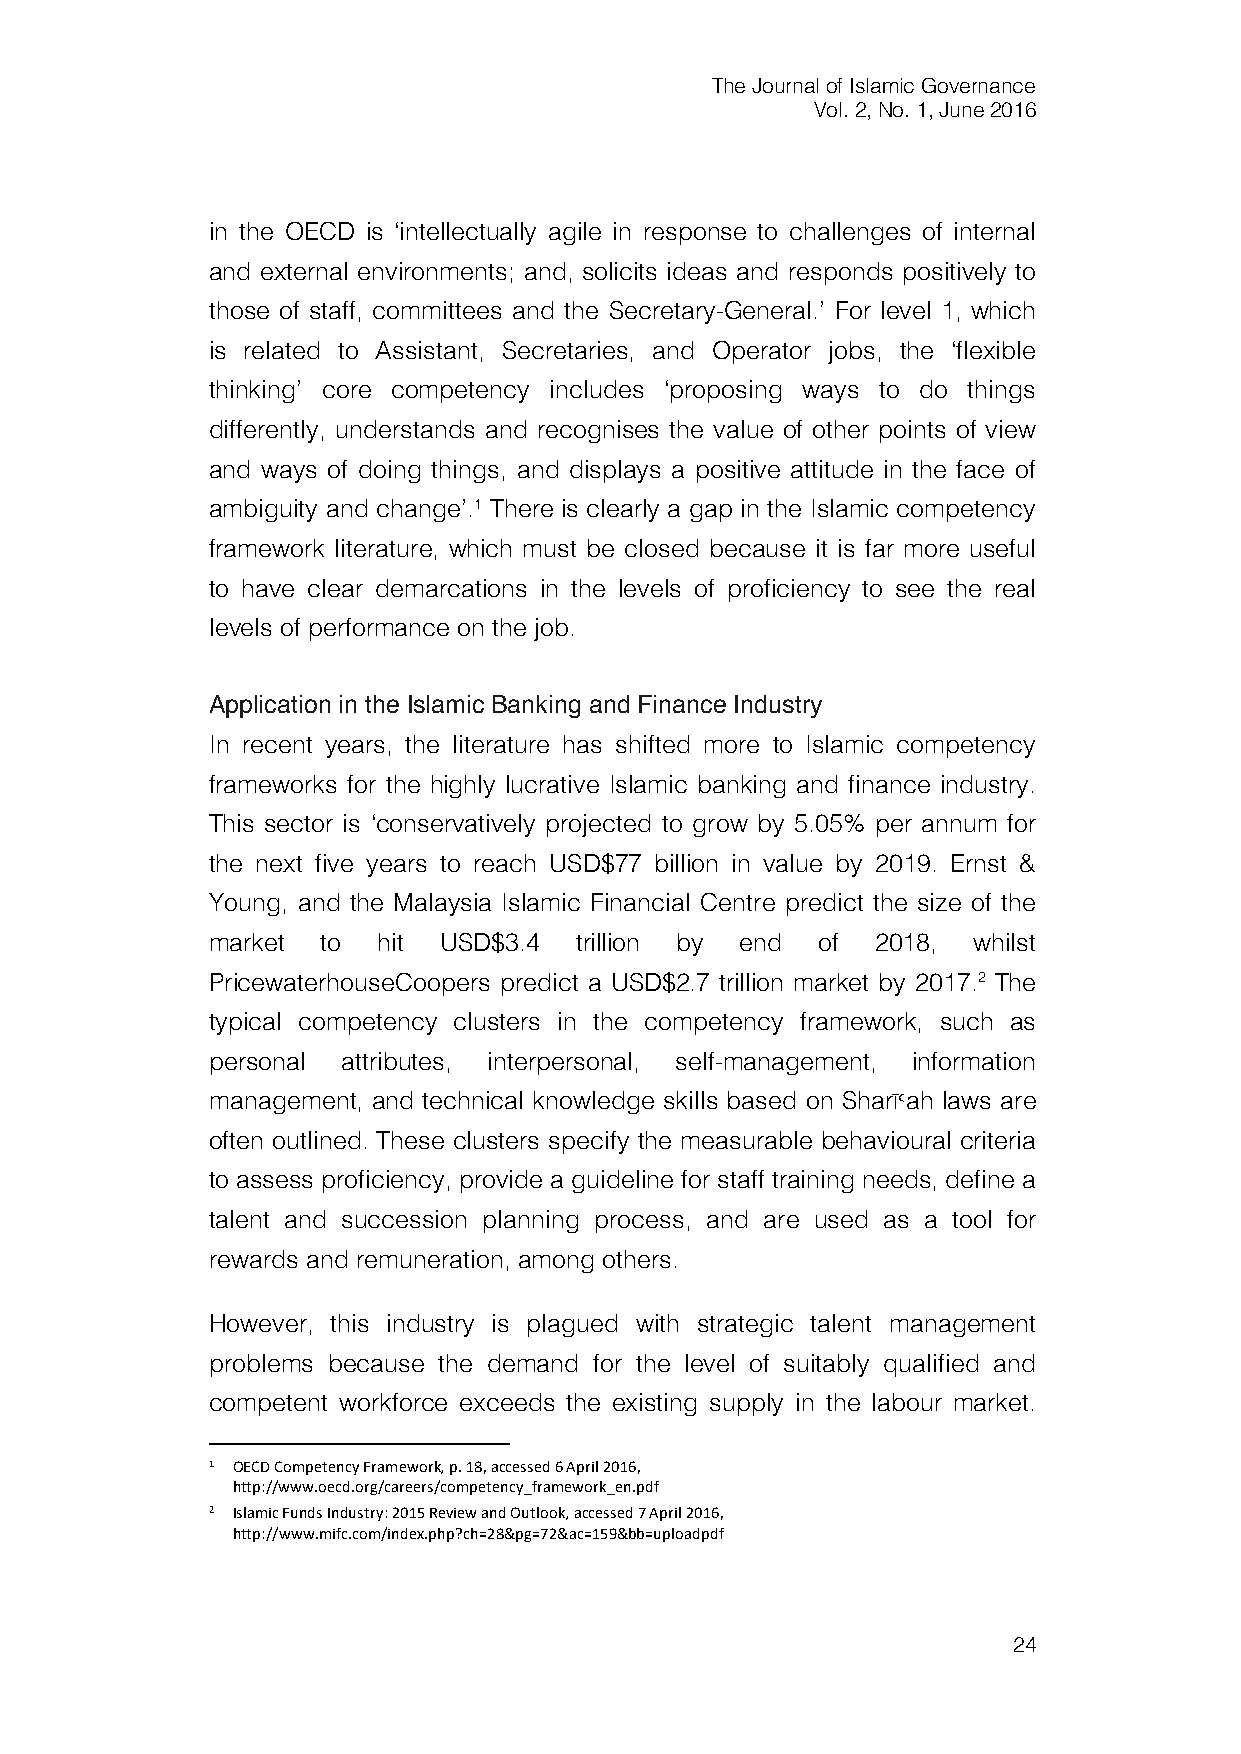
The Journal of Islamic Governance
 Vol. 2, No. 1, June 2016
 in the OECD is ‘intellectually agile in response to challenges of internal
 and external environments; and, solicits ideas and responds positively to
 those of staff, committees and the Secretary-General.’ For level 1, which
 is related to Assistant, Secretaries, and Operator jobs, the ‘flexible
 thinking’ core competency includes ‘proposing ways to do things
 differently, understands and recognises the value of other points of view
 and ways of doing things, and displays a positive attitude in the face of
 ambiguity and change’.1 There is clearly a gap in the Islamic competency
 framework literature, which must be closed because it is far more useful
 to have clear demarcations in the levels of proficiency to see the real
 levels of performance on the job.
 Application in the Islamic Banking and Finance Industry
 In recent years, the literature has shifted more to Islamic competency
 frameworks for the highly lucrative Islamic banking and finance industry.
 This sector is ‘conservatively projected to grow by 5.05% per annum for
 the next five years to reach USD$77 billion in value by 2019. Ernst &
 Young, and the Malaysia Islamic Financial Centre predict the size of the
 market to  hit USD$3.4  trillion by end of  2018, whilst
 PricewaterhouseCoopers predict a USD$2.7 trillion market by 2017.2 The
 typical competency clusters in the competency framework, such as
 personal attributes, interpersonal, self‐management, information
 management, and technical knowledge skills based on Sharī>ah laws are
 often outlined. These clusters specify the measurable behavioural criteria
 to assess proficiency, provide a guideline for staff training needs, define a
 talent and succession planning process, and are used as a tool for
 rewards and remuneration, among others.
 However, this industry is plagued with strategic talent management
 problems because the demand for the level of suitably qualified and
 competent workforce exceeds the existing supply in the labour market.
 1 OECD Competency Framework, p. 18, accessed 6 April 2016,
 http://www.oecd.org/careers/competency_framework_en.pdf
 2 Islamic Funds Industry: 2015 Review and Outlook, accessed 7 April 2016,
 http://www.mifc.com/index.php?ch=28&pg=72&ac=159&bb=uploadpdf
 24